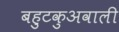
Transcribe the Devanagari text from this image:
बहुटकुअवाली